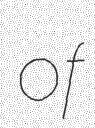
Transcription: of